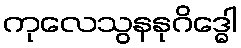
ကုလေသွနနုဂိဒ္ဓေါ